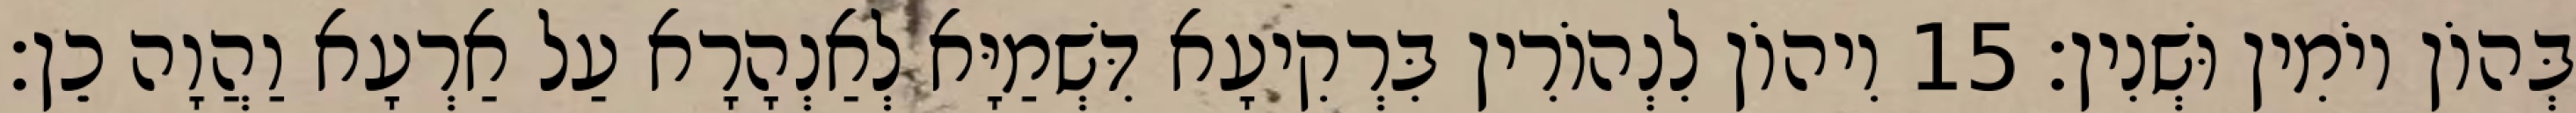
בְּהוֹן יוֹמִין וּשְׁנִין׃ 15 וִיהוֹן לִנְהוֹרִין בִּרְקִיעָא דִּשְׁמַיָּא לְאַנְהָרָא עַל אַרְעָא וַהֲוָה כֵן׃